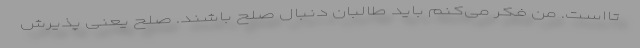
تااست. من فکر می‌کنم باید طالبان دنبال صلح باشند. صلح یعنی پذیرش